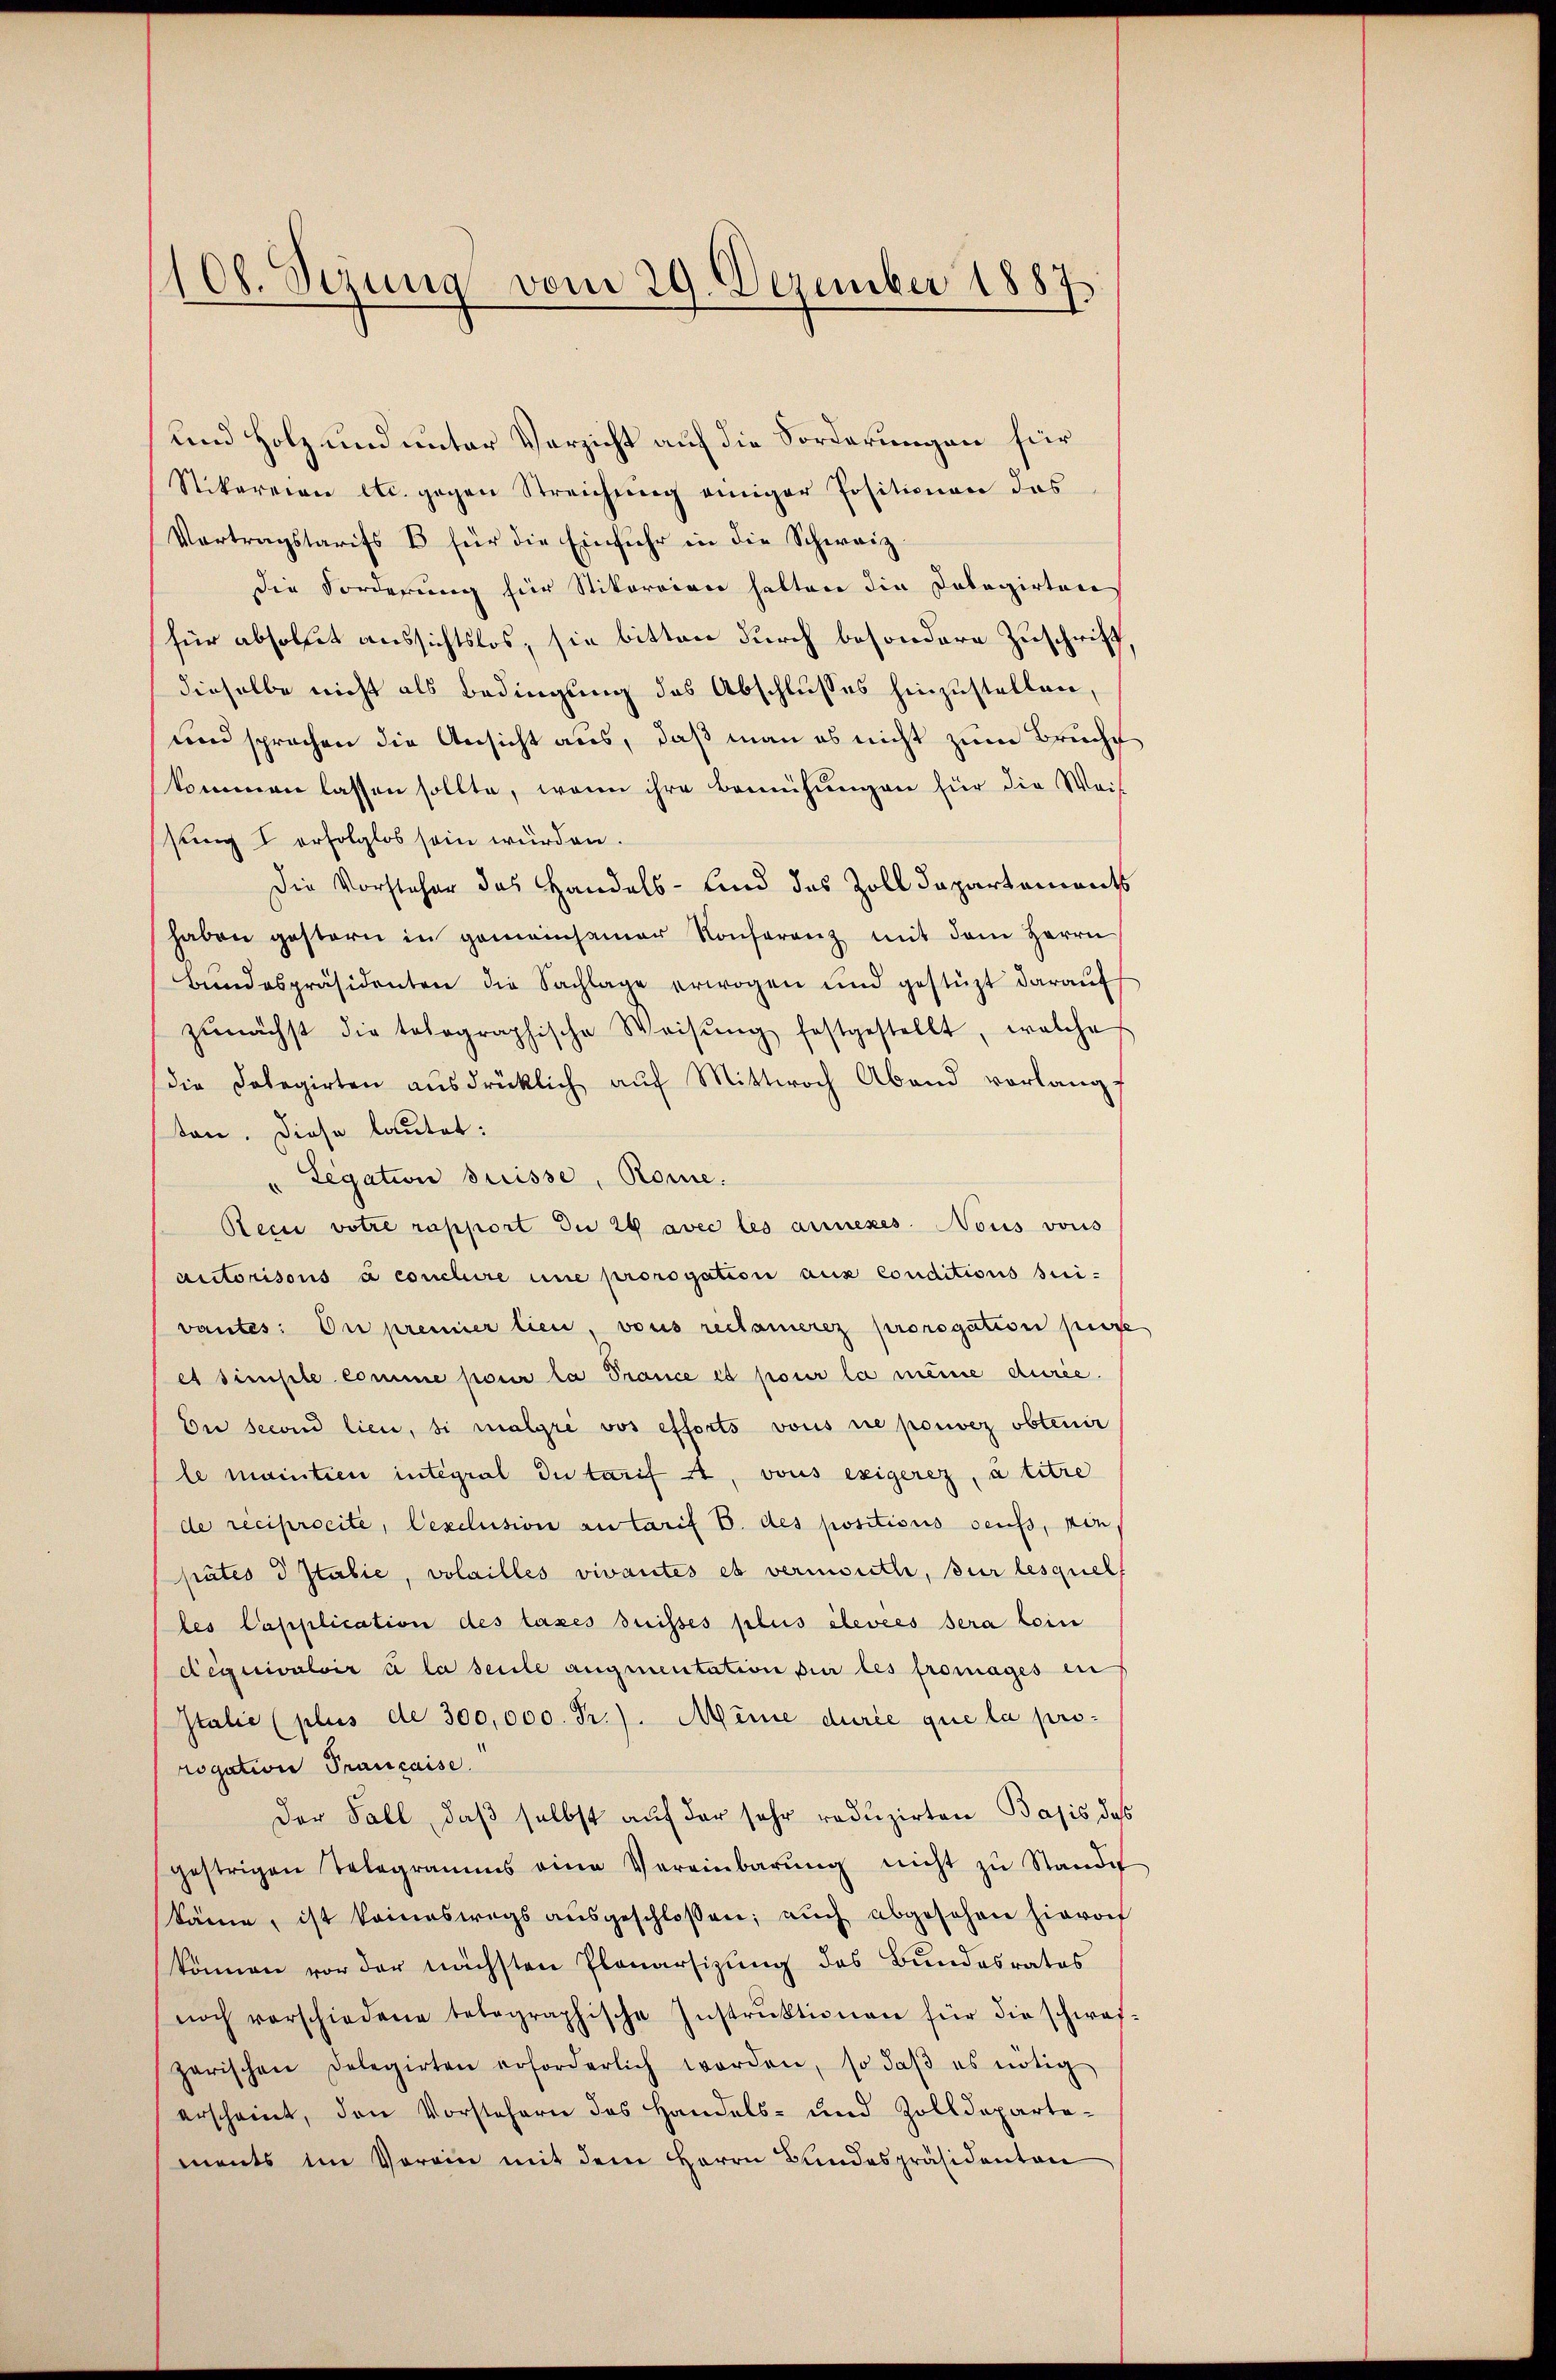
108. Sezung vom 29. Dezember 1887

und Holz und unter Verzicht auf die Forderungen für
Stikareien etc. gegen Streichŭng einiger Positionen das
Vertragstarifs B für die Einfuhr in die Schweiz.
die Forderung für Stikoroire halten die Dolagirten
für absolut aussichtslos, sie bitten durch besondere Zuschrift,
dieselbe nicht als Bedingung des Abschlusses hinzustellen,
und sprachen die Ansicht aus, daß man es nicht zum Brucht
kommen lassen sollte, wenn ihre Bemühŭngen für die Weis
sung I erfolglos sein würden.
Die Vorsteher das Handels- Kind des Zoll Dapartements
haben gestern in gemeinsamer Konferenz mit dem Herrn
Bundespräsidenten die Sachlage erwogen und gestüzt darauf
zŭnächst die tolographische Weisŭng festgestellt, welches
die Delegirten aŭsdrücklich aŭf Mittwoch Abend vorlangt
ten. Diese lautet:
Legation suisse, Rome.
Reci votre rapport du 24 avec les annexes. Nous vons
autorisons à conclure une prorogation aus conditions sui-
vantes: Die premier tien, vous reclamerez prorogation passe
et simple comme pour la Prance et pour la meine durée
Du second lieu, si malgré vos efforts vous sie pouvez obtenir
le maintien integral Du tarif a, vous exigerez, à titre
de reciprocite, Cexclusion autarif B. des positions seuss, von
pätés d Italie, volailles vivantes es vermouth, sur lesquel
les Capplication des taxes suisses plus élevées sera kein
déquivaloir à la seule augmentation der les fromages in
Italie (plus de 300,000. Fr.). Minie durée que la prorogation Prançaise.
Der Fall, daß selbst auf der sehr reduzirten Basis das
gestrigen Telegramms eine Vereinbarŭng nicht zŭ Stande
käme, ist keineswegs ausgeschlossen; auch abgesehen hieroch
können vor der nächsten Planarsizung des Bundesrates
noch verschiedene telegraphische Instrŭktionen für die schwaf-
zarischen Delegirten erforderlich worden, so daβ es nötig
erscheint, den Vorstehern des Handels- und Zolldepartements im Verein mit dem Herrn Bundespräsidenten